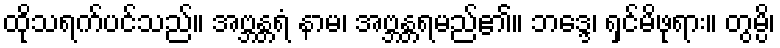
ထိုသရက်ပင်သည်။ အဗ္ဘန္တရံ နာမ၊ အဗ္ဘန္တရမည်၏။ ဘဒ္ဒေ၊ ရှင်မိဖုရား။ တွမ္ပိ၊